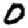
Digit: 0